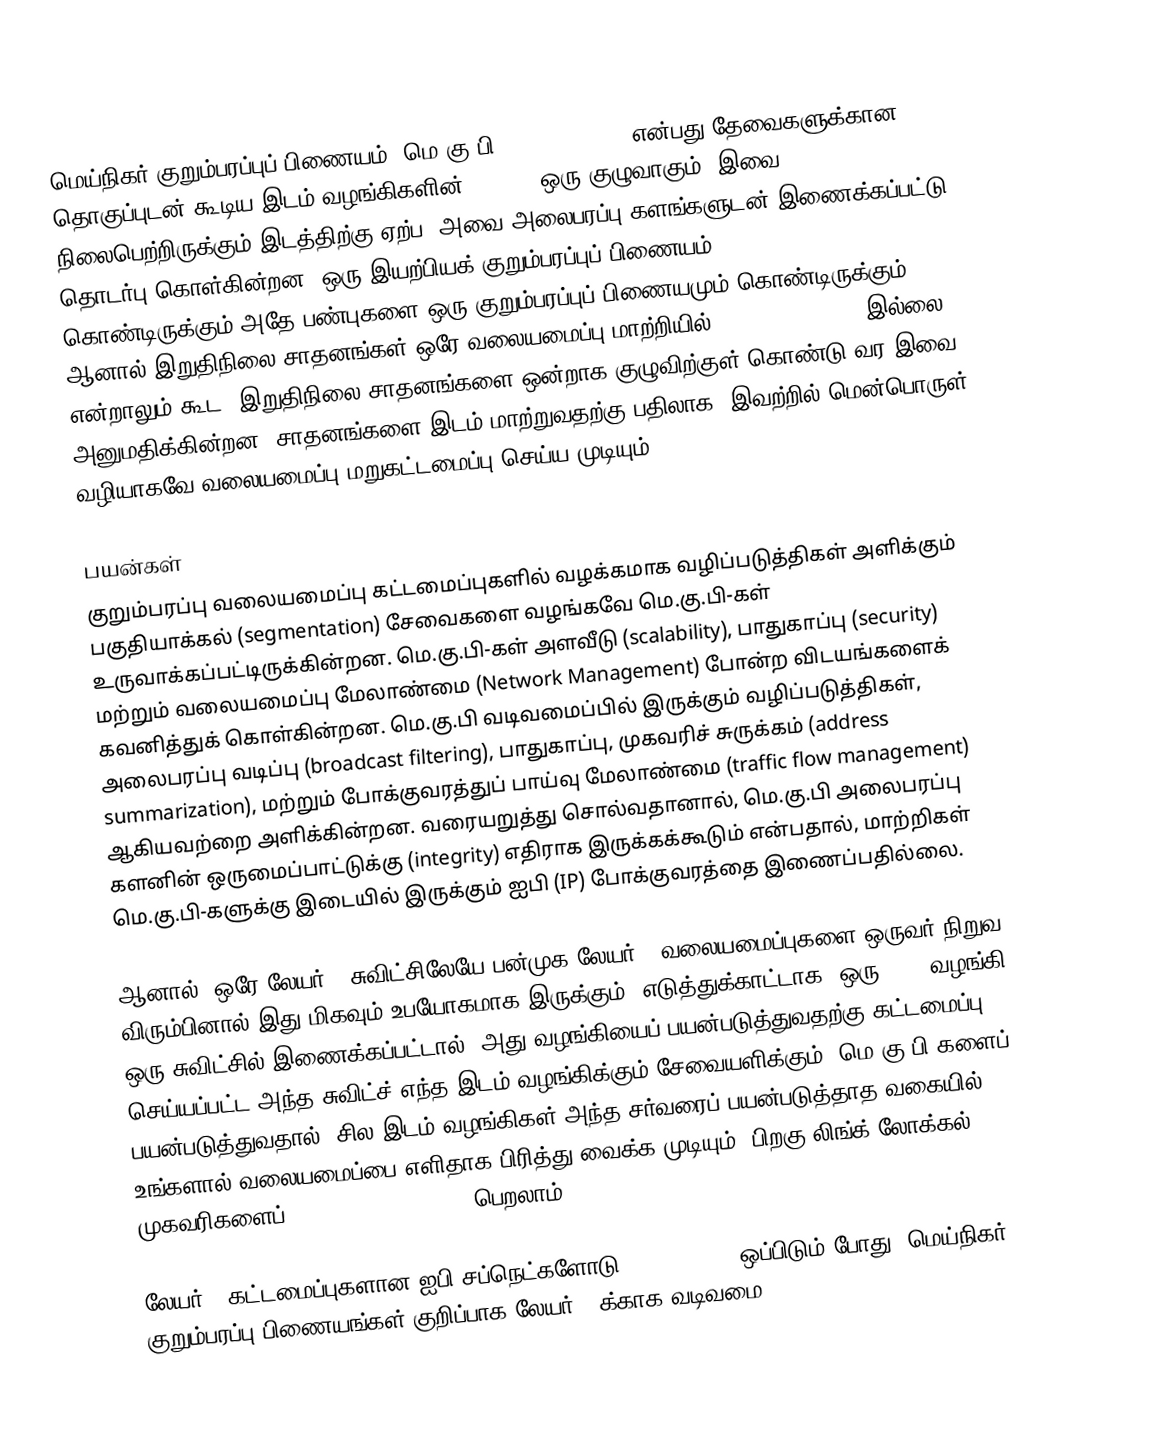
மெய்நிகர் குறும்பரப்புப் பிணையம் (மெ.கு.பி) (virtual LAN) என்பது தேவைகளுக்கான தொகுப்புடன் கூடிய இடம் வழங்கிகளின் (hosts) ஒரு குழுவாகும், இவை நிலைபெற்றிருக்கும் இடத்திற்கு ஏற்ப, அவை அலைபரப்பு களங்களுடன் இணைக்கப்பட்டு தொடர்பு கொள்கின்றன. ஒரு இயற்பியக் குறும்பரப்புப் பிணையம் (physical LAN) கொண்டிருக்கும் அதே பண்புகளை ஒரு குறும்பரப்புப் பிணையமும் கொண்டிருக்கும், ஆனால் இறுதிநிலை சாதனங்கள் ஒரே வலையமைப்பு மாற்றியில் (Network switch) இல்லை என்றாலும் கூட, இறுதிநிலை சாதனங்களை ஒன்றாக குழுவிற்குள் கொண்டு வர இவை அனுமதிக்கின்றன. சாதனங்களை இடம் மாற்றுவதற்கு பதிலாக, இவற்றில் மென்பொருள் வழியாகவே வலையமைப்பு மறுகட்டமைப்பு செய்ய முடியும்.

பயன்கள்
குறும்பரப்பு வலையமைப்பு கட்டமைப்புகளில் வழக்கமாக வழிப்படுத்திகள் அளிக்கும் பகுதியாக்கல் (segmentation) சேவைகளை வழங்கவே மெ.கு.பி-கள் உருவாக்கப்பட்டிருக்கின்றன. மெ.கு.பி-கள் அளவீடு (scalability), பாதுகாப்பு (security) மற்றும் வலையமைப்பு மேலாண்மை (Network Management) போன்ற விடயங்களைக் கவனித்துக் கொள்கின்றன. மெ.கு.பி வடிவமைப்பில் இருக்கும் வழிப்படுத்திகள், அலைபரப்பு வடிப்பு (broadcast filtering), பாதுகாப்பு, முகவரிச் சுருக்கம் (address summarization), மற்றும் போக்குவரத்துப் பாய்வு மேலாண்மை (traffic flow management) ஆகியவற்றை அளிக்கின்றன. வரையறுத்து சொல்வதானால், மெ.கு.பி அலைபரப்பு களனின் ஒருமைப்பாட்டுக்கு (integrity) எதிராக இருக்கக்கூடும் என்பதால், மாற்றிகள் மெ.கு.பி-களுக்கு இடையில் இருக்கும் ஐபி (IP) போக்குவரத்தை இணைப்பதில்லை.

ஆனால், ஒரே லேயர் 2 சுவிட்சிலேயே பன்முக லேயர் 3 வலையமைப்புகளை ஒருவர் நிறுவ விரும்பினால் இது மிகவும் உபயோகமாக இருக்கும். எடுத்துக்காட்டாக, ஒரு DHCP வழங்கி ஒரு சுவிட்சில் இணைக்கப்பட்டால், அது வழங்கியைப் பயன்படுத்துவதற்கு கட்டமைப்பு செய்யப்பட்ட அந்த சுவிட்ச் எந்த இடம் வழங்கிக்கும் சேவையளிக்கும். மெ.கு.பி-களைப் பயன்படுத்துவதால், சில இடம் வழங்கிகள் அந்த சர்வரைப் பயன்படுத்தாத வகையில் உங்களால் வலையமைப்பை எளிதாக பிரித்து வைக்க முடியும், பிறகு லிங்க்-லோக்கல் முகவரிகளைப் (Link-local address) பெறலாம்.

லேயர் 3 கட்டமைப்புகளான ஐபி சப்நெட்களோடு (IP Subnets) ஒப்பிடும் போது, மெய்நிகர் குறும்பரப்பு பிணையங்கள் குறிப்பாக லேயர் 2-க்காக வடிவமை